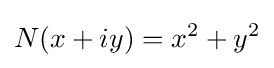
N(x+iy)=x^{2}+y^{2}